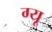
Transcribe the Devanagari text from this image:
ग्यू